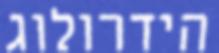
הידרולוג